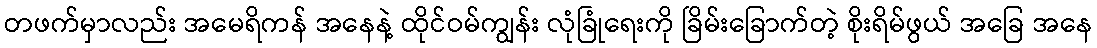
တဖက်မှာလည်း အမေရိကန် အနေနဲ့ ထိုင်ဝမ်ကျွန်း လုံခြုံရေးကို ခြိမ်းခြောက်တဲ့ စိုးရိမ်ဖွယ် အခြေ အနေ